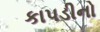
કાપડીનો